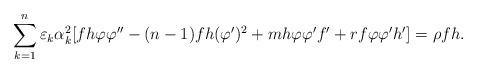
LaTeX: \begin{align*} \sum\limits_{k=1}^{n}\varepsilon_k\alpha_k^2[fh\varphi\varphi''-(n-1)fh(\varphi')^2+mh\varphi\varphi'f'+rf\varphi\varphi'h']=\rho fh.\end{align*}